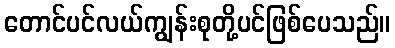
တောင်ပင်လယ်ကျွန်းစုတို့ပင်ဖြစ်ပေသည်။